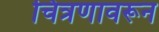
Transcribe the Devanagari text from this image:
चित्रणावरून